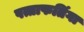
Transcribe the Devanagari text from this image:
पत्ताफतिंगा